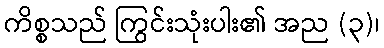
ကိစ္စသည် ကြွင်းသုံးပါး၏ အည (၃)၊